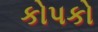
કોપકો